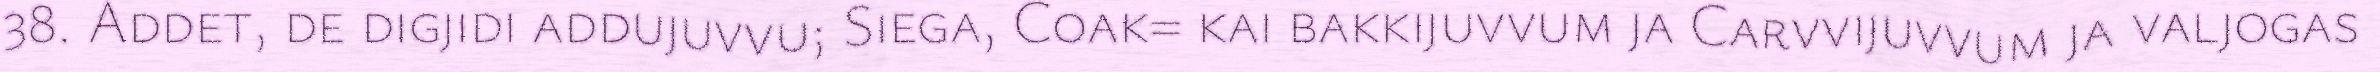
38. Addet, de digjidi addujuvvu; Siega, Coak= kai bakkijuvvum ja Carvvijuvvum ja valjogas